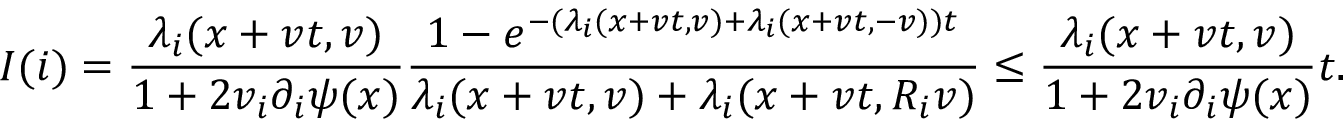
I ( i ) = \frac { \lambda _ { i } ( x + v t , v ) } { 1 + 2 v _ { i } \partial _ { i } \psi ( x ) } \frac { 1 - e ^ { - ( \lambda _ { i } ( x + v t , v ) + \lambda _ { i } ( x + v t , - v ) ) t } } { \lambda _ { i } ( x + v t , v ) + \lambda _ { i } ( x + v t , R _ { i } v ) } \leq \frac { \lambda _ { i } ( x + v t , v ) } { 1 + 2 v _ { i } \partial _ { i } \psi ( x ) } t .